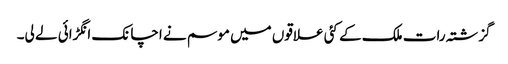
گزشتہ رات ملک کے کئی علاقوں میں موسم نے اچانک انگڑائی لے لی۔